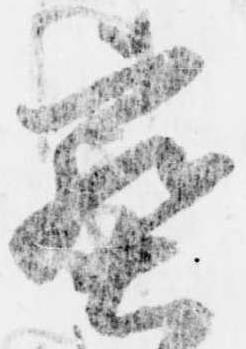
蜜